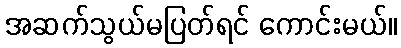
အဆက်သွယ်မပြတ်ရင် ကောင်းမယ်။